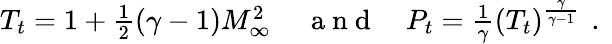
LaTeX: \begin{array}{rlr}{T_{t}=1+\frac{1}{2}(\gamma-1)M_{\infty}^{2}\, }&{{}\mathrm{~a~n~d~}}&{P_{t}=\frac{1}{\gamma}(T_{t})^{\frac{\gamma}{\gamma-1}}\, \mathrm{~.~}}\end{array}